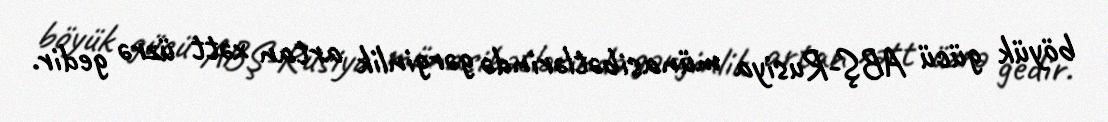
böyük gücü ABŞ-Rusiya münasibətlərində gərginlik artan xətt üzrə gedir.